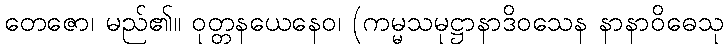
တေဇော၊ မည်၏။ ဝုတ္တနယေနေဝ၊ (ကမ္မသမုဋ္ဌာနာဒိဝသေန နာနာဝိဓေသု